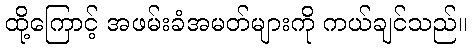
ထို့ကြောင့် အဖမ်းခံအမတ်များကို ကယ်ချင်သည်။